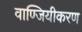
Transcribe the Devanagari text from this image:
वाण्जियीकरण